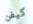
كيفن